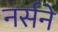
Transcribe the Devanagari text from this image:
नर्सने